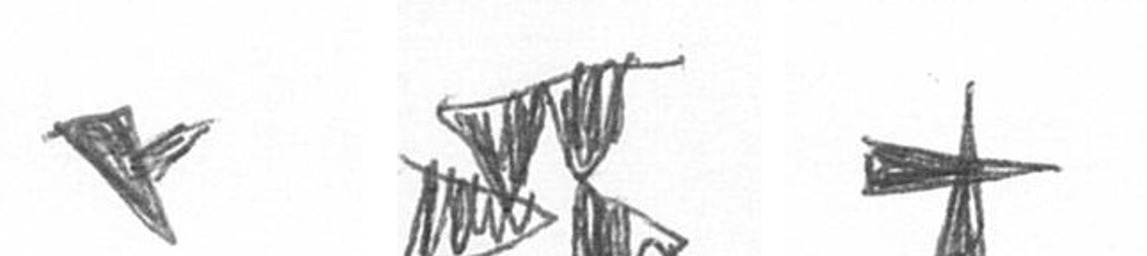
F B G